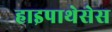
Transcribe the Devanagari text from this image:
हाइपाथेसेस